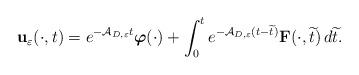
LaTeX: \begin{align*}\mathbf{u}_\varepsilon (\cdot ,t)=e^{-\mathcal{A}_{D,\varepsilon}t}\boldsymbol{\varphi}(\cdot)+\int _0^t e^{-\mathcal{A}_{D,\varepsilon}(t-\widetilde{t})}\mathbf{F}(\cdot ,\widetilde{t})\,d\widetilde{t}.\end{align*}